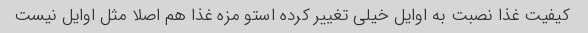
کیفیت غذا نصبت به اوایل خیلی تغییر کرده استو مزه غذا هم اصلا مثل اوایل نیست